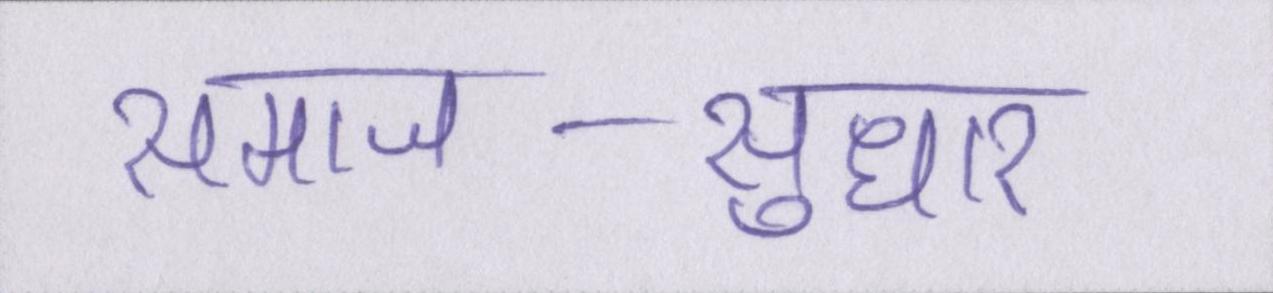
समाज-सुधार